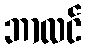
ဘာလင်